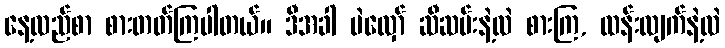
နေ့လည်စာ စားတတ်ကြပါတယ်။ ဒီအခါ ပဲလှော် ဆီဆမ်းနဲ့လဲ စားကြ, ထန်းလျက်နဲ့လဲ